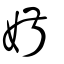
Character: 婌